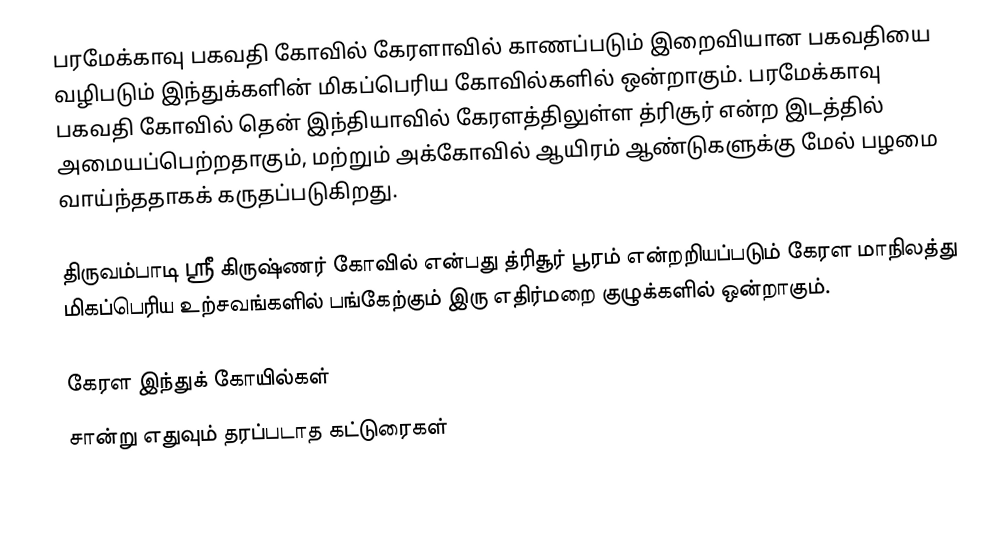
பரமேக்காவு பகவதி கோவில் கேரளாவில் காணப்படும் இறைவியான பகவதியை வழிபடும் இந்துக்களின் மிகப்பெரிய கோவில்களில் ஒன்றாகும். பரமேக்காவு பகவதி கோவில் தென் இந்தியாவில் கேரளத்திலுள்ள த்ரிசூர் என்ற இடத்தில் அமையப்பெற்றதாகும், மற்றும் அக்கோவில் ஆயிரம் ஆண்டுகளுக்கு மேல் பழமை வாய்ந்ததாகக் கருதப்படுகிறது.

திருவம்பாடி ஸ்ரீ கிருஷ்ணர் கோவில் என்பது த்ரிசூர் பூரம் என்றறியப்படும் கேரள மாநிலத்து மிகப்பெரிய உற்சவங்களில் பங்கேற்கும் இரு எதிர்மறை குழுக்களில் ஒன்றாகும்.

கேரள இந்துக் கோயில்கள்
சான்று எதுவும் தரப்படாத கட்டுரைகள்